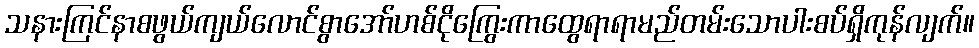
သနားကြင်နာစဖွယ်ကျယ်လောင်စွာအော်ဟစ်ငိုကြွေးကာထွေရာရာမည်တမ်းသောပါးစပ်ရှိကုန်လျက်။